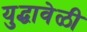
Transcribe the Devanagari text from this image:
युद्धावेळी